Lunatic asylums Punjab 1895-1910 - 1895-1910
Year: 1895
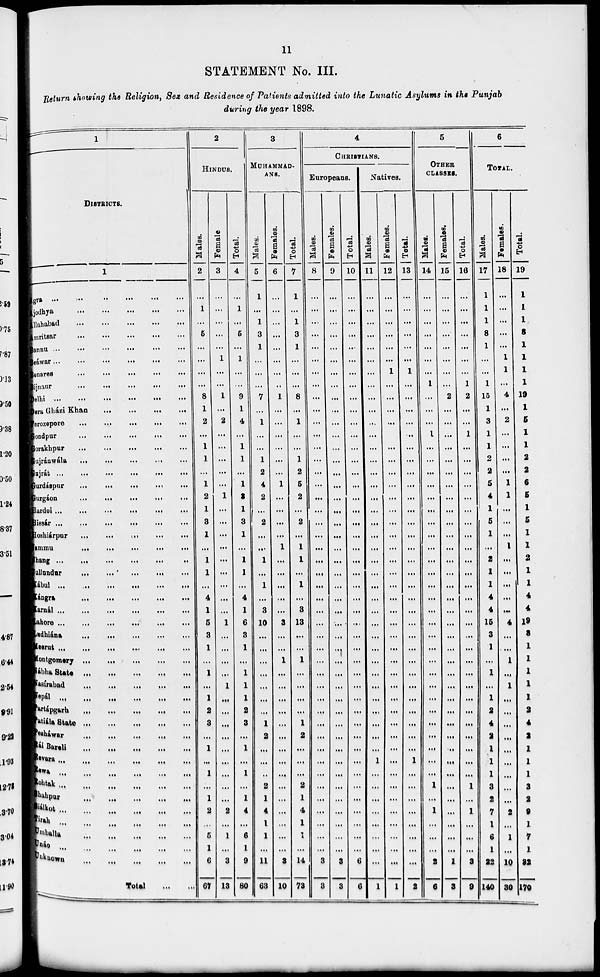
11
STATEMENT No. III.
Return showing the Religion, Sex and Residence of Patients admitted into the Lunatic Asylums in the Punjab
during the year 1898.
1
DISTRICTS.
1
Agra
...
...
...
...
...
Ajodhya
...
...
...
...
...
Allahabad
...
...
...
...
...
Amritsar
...
...
...
...
...
Bannu
...
...
...
...
...
Beáwar
...
...
...
...
...
Benares
...
...
...
...
...
Bijnaur
...
...
...
...
...
Delhi
...
...
...
...
...
Dera Gházi Khan
...
...
...
...
...
Ferozepore
...
...
...
...
...
Gondpur
...
...
...
...
...
Gorakhpur
...
...
...
...
...
Gujránwála
...
...
...
...
...
Gujrát
...
...
...
...
...
Gurdáspur
...
...
...
...
...
Gurgáon
...
...
...
...
...
Hurdoi
...
...
...
...
...
Hissár
...
...
...
...
...
Hoshiárpur
...
...
...
...
...
Jammu
...
...
...
...
...
Jhang
...
...
...
...
...
Kullundur
...
...
...
...
...
Kábul
...
...
...
...
...
Kángra
...
...
...
...
...
Kanál
...
...
...
...
...
Lahore
...
...
...
...
...
Ladhiána
...
...
...
...
...
Meerut ... ... ... ... ...
Montgomery
...
...
...
...
...
Nábha
State ... ... ... ... ...
Nasirabad
...
...
...
...
...
Nepál ... ... ... ... ...
Partápgarh
...
...
...
...
...
Patiála State
...
...
...
...
...
Pesháwar
...
...
...
...
...
Rái Bareli
...
...
...
...
...
Revara
...
...
...
...
...
Rewa ... ... ... ... ...
Rohtak
...
...
...
...
...
Shahpur
...
...
...
...
...
Siálko
...
...
...
...
...
Tirah
...
...
...
...
...
Umballa ... ... ... ... ...
Unáo ... ... ... ... ...
Unknown ... ... ... ... ...
Total ... ...
2
HINDUS.
M ales.
2
...
1
...
5
...
...
...
...
8
1
2
...
1
1
...
1
2
1
3
1
...
1
1
...
4
1
5
3
1
...
1
....
1
2
3
...
1
...
1
...
1
2
...
5
1
6
67
Female
3
...
...
...
...
...
1
...
...
1
...
2
...
...
...
...
...
1
...
...
...
...
...
...
...
...
...
1
...
...
...
...
1
...
...
...
...
...
...
...
...
...
2
...
1
...
3
13
Total.
4
...
1
...
5
...
1
...
...
9
1
4
...
1
1
...
1
3
1
3
1
...
1
1
...
4
1
6
3
1
...
1
1
1
2
3
...
1
...
1
...
1
4
...
6
1
9
80
3
MOHAMMAD-
ANS.
Males.
5
1
...
1
3
1
...
...
...
7
...
1
...
...
1
2
4
2
...
2
...
...
1
...
1
...
3
10
...
...
...
...
...
...
...
1
2
...
...
..
2
1
4
1
1
...
11
63
Females.
6
...
...
...
...
...
...
...
...
1
...
...
...
...
...
...
1
...
...
...
...
1
...
...
...
...
...
3
...
...
1
...
...
...
...
...
...
...
...
...
...
...
...
...
...
...
3
10
Total.
7
1
...
1
3
1
...
...
...
8
...
1
...
...
1
2
5
2
...
2
...
1
1
...
1
...
3
13
...
...
1
...
...
...
...
1
2
...
...
...
2
1
4
1
1
...
14
73
4
CHRISTIANS.
Europeans.
Males.
8
...
...
...
...
...
...
...
...
...
...
...
...
...
...
...
...
...
...
...
...
...
...
...
...
...
...
...
...
...
...
...
...
...
...
...
...
...
...
...
...
...
...
...
...
...
3
3
Females.
9
...
...
...
...
...
...
...
...
...
...
...
...
...
...
...
...
...
...
...
...
...
...
...
...
...
...
...
...
...
...
...
...
...
...
...
...
...
...
...
...
...
...
...
...
...
3
3
Total.
10
...
...
...
...
...
...
...
...
...
...
...
...
...
...
...
...
...
...
...
...
...
...
...
...
...
...
...
...
...
...
...
...
...
...
...
...
...
...
...
...
...
...
...
...
...
6
6
Natives.
Males.
11
...
...
...
...
...
...
...
...
...
...
...
...
...
...
...
...
...
...
...
...
...
...
...
...
...
...
...
...
...
...
...
...
...
...
...
...
...
1
...
...
...
...
...
...
...
...
1
Females.
12
...
...
...
...
...
...
1
...
...
...
...
...
...
...
...
...
...
...
...
...
...
...
...
...
...
...
...
...
...
...
...
...
...
...
...
...
...
...
...
...
...
...
...
...
...
...
1
Total.
13
...
...
...
...
...
...
1
...
...
...
...
...
...
...
...
...
...
...
...
...
...
...
...
...
...
...
...
...
...
...
...
...
...
...
...
...
...
1
...
...
...
...
...
...
...
...
2
5
OTHER
CLASSES.
Males.
14
...
...
...
...
...
...
...
1
...
...
...
1
...
...
...
...
...
...
...
...
...
...
...
...
...
...
...
...
...
...
...
...
...
...
...
...
...
...
...
1
...
1
...
...
...
2
6
Females.
15
...
...
...
...
...
...
...
...
2
...
...
...
...
...
...
...
...
...
...
...
...
...
...
...
...
...
...
...
...
...
...
...
...
...
...
...
...
...
...
...
...
...
...
...
...
1
3
Total.
16
...
...
...
...
...
...
...
1
2
...
...
1
...
...
...
...
...
...
...
...
...
...
...
...
...
...
...
...
...
...
...
...
...
...
...
...
...
...
...
1
...
1
...
...
...
3
9
6
TOTAL.
Males.
17
1
1
1
8
1
...
...
1
15
1
3
1
1
2
2
5
4
1
5
1
...
2
1
1
4
4
15
3
1
...
1
...
1
2
4
2
1
1
1
3
2
7
1
6
1
22
140
Females.
18
...
...
...
...
...
1
1
...
4
...
2
...
...
...
...
1
1
...
...
...
1
...
...
...
...
...
4
...
....
1
...
1
...
...
...
...
...
...
...
...
...
2
...
1
...
10
30
Total.
19
1
1
1
8
1
1
1
1
19
1
5
1
1
2
2
6
5
1
5
1
1
2
1
1
4
4
19
3
1
1
1
1
1
2
4
2
1
1
1
3
2
9
1
7
1
32
170